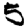
Digit: 5